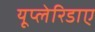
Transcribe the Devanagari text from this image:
यूप्लेरिडाए